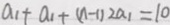
a _ { 1 } + a _ { 1 } + ( n - 1 ) 2 a _ { 1 } = 1 0